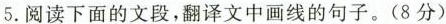
5.阅读下面的文段，翻译文中画线的句子。(8分)